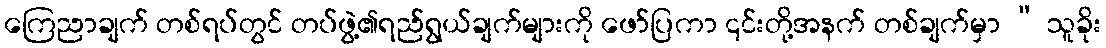
ကြေညာချက် တစ်ရပ်တွင် တပ်ဖွဲ့၏ရည်ရွယ်ချက်များကို ဖော်ပြကာ ၎င်းတို့အနက် တစ်ချက်မှာ “ သူခိုး